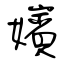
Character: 嬪